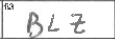
Transcription: BLZ